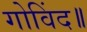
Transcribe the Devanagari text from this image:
गोविंद॥